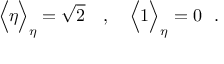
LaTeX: \Big \langle \eta \Big \rangle _ { \eta } = \sqrt { 2 } ~ ~ ~ , ~ ~ ~ \Big \langle 1 \Big \rangle _ { \eta } = 0 ~ ~ .